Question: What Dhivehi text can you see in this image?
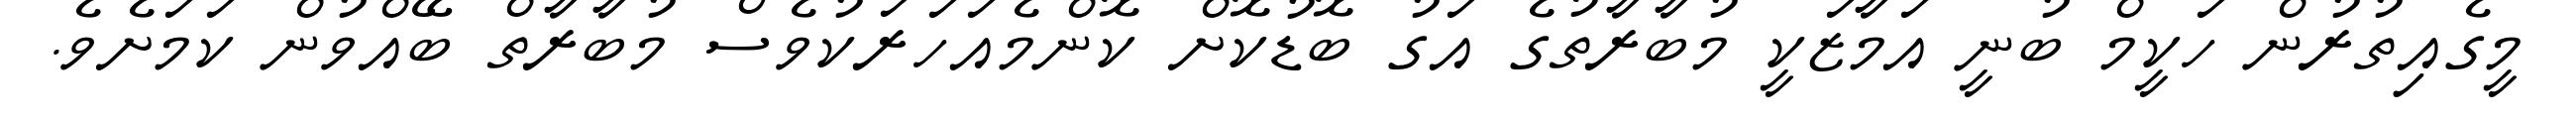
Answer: މީގެއިތުރުން ހަކީމް ބުނީ އަމާޒަކީ މުބާރާތުގެ އަގު ބޮޑުކޮށް ކޮންމެއަހަރަކުވެސް މުބާރާތް ބޭއްވުން ކަމަށެވެ.